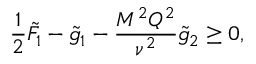
\frac { 1 } { 2 } \tilde { F } _ { 1 } - \tilde { g } _ { 1 } - \frac { M ^ { 2 } Q ^ { 2 } } { \nu ^ { 2 } } \tilde { g } _ { 2 } \geq 0 ,